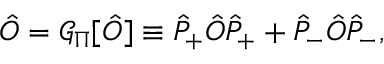
\hat { O } = \mathcal { G } _ { \Pi } [ \hat { O } ] \equiv \hat { P } _ { + } \hat { O } \hat { P } _ { + } + \hat { P } _ { - } \hat { O } \hat { P } _ { - } ,